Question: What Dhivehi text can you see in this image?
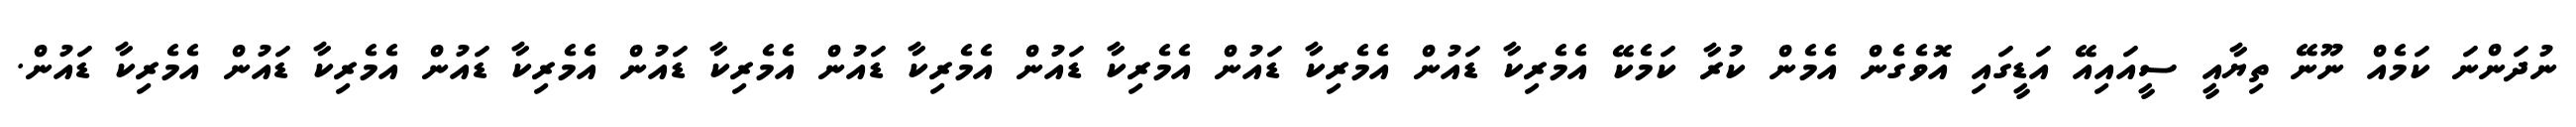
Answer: ނުދަންނަ ކަމެއް ނޫނޭ ތިޔާއީ ސީއައިއޭ އަޑީގައި އޮވެގެން އެމެން ކުރާ ކަމެކޭ އެމެރިކާ ޑައުން އެމެރިކާ ޑައުން އެމެރިކާ ޑައުން އެމެރިކާ ޑައުން އެމެރިކާ ޑައުން އެމެރިކާ ޑައުން އެމެރިކާ ޑައުން އެމެރިކާ ޑައުން.